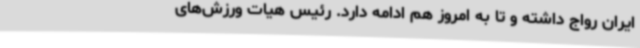
ایران رواج داشته و تا به امروز هم ادامه دارد. رئیس هیات ورزش‌های